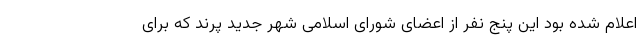
اعلام شده بود این پنج نفر از اعضای شورای اسلامی شهر جدید پرند که برای